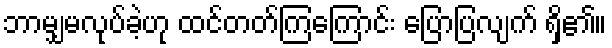
ဘာမျှမလုပ်ခဲ့ဟု ထင်တတ်ကြကြောင်း ပြောပြလျက် ရှိ၏။